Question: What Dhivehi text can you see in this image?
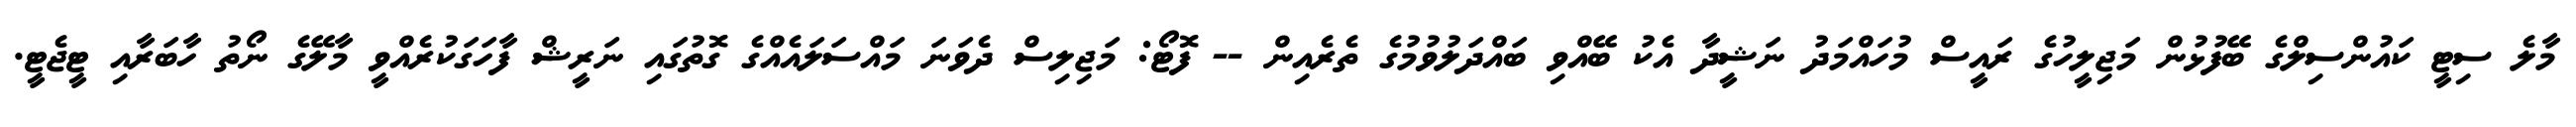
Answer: މާލެ ސިޓީ ކައުންސިލްގެ ބޭފުޅުން މަޖިލީހުގެ ރައީސް މުހައްމަދު ނަޝީދާ އެކު ބޭއްވި ބައްދަލުވުމުގެ ތެރެއިން -- ފޮޓޯ: މަޖިލިސް ދެވަނަ މައްސަލައެއްގެ ގޮތުގައި ނަރީޝް ފާހަގަކުރެއްވީ މާލޭގެ ނޯތު ހާބަރާއި ޓީޖެޓީ.